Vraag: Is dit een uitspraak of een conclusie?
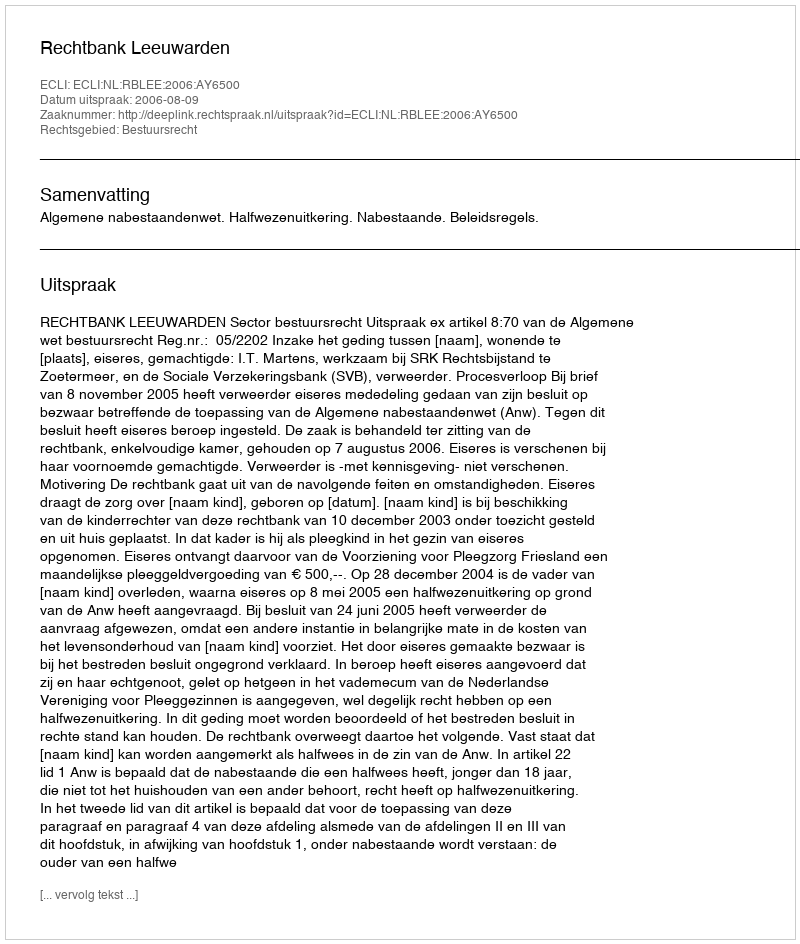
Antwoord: Uitspraak